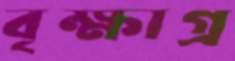
বৃক্ষাগ্র